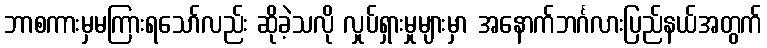
ဘာစကားမှမကြားရသော်လည်း ဆိုခဲ့သလို လှုပ်ရှားမှုများမှာ အနောက်ဘင်္ဂလားပြည်နယ်အတွက်